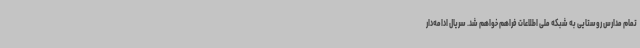
تمام مدارس روستایی به شبکه ملی اطلاعات فراهم خواهم شد. سریال ادامه‌دار